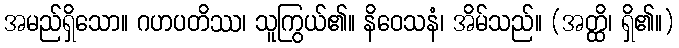
အမည်ရှိသော။ ဂဟပတိဿ၊ သူကြွယ်၏။ နိဝေသနံ၊ အိမ်သည်။ (အတ္ထိ၊ ရှိ၏။)